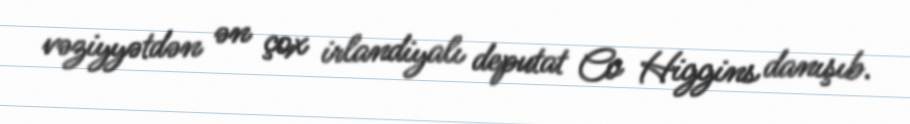
vəziyyətdən ən çox irlandiyalı deputat Co Higgins danışıb.